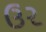
ઉર